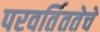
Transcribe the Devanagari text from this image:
परवर्तिततेचे